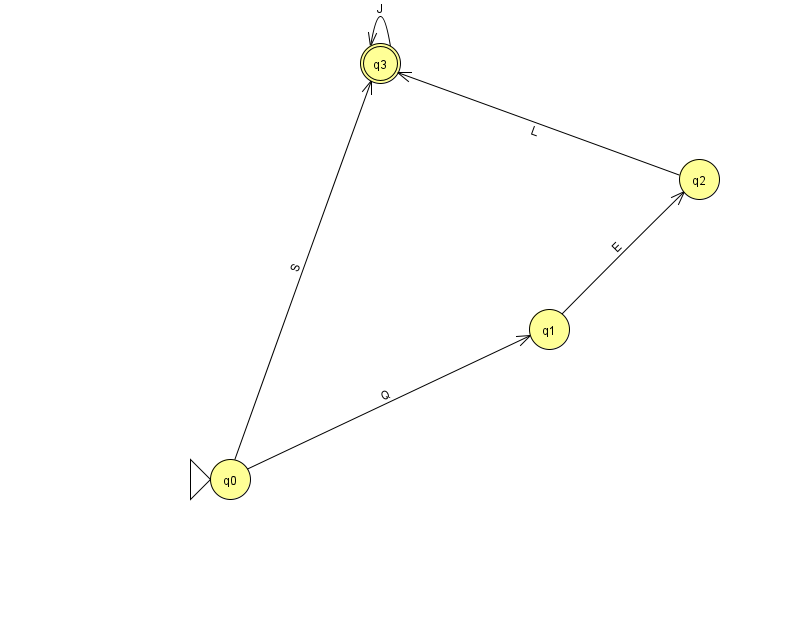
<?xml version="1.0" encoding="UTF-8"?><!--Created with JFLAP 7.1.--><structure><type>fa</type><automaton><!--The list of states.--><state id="0" name="q0"><x>230.0</x><y>466.0</y><initial/></state><state id="1" name="q1"><x>549.0</x><y>316.0</y></state><state id="2" name="q2"><x>699.0</x><y>166.0</y></state><state id="3" name="q3"><x>380.0</x><y>50.0</y><final/></state><!--The list of transitions.--><transition><from>0</from><to>1</to><read>Q</read></transition><transition><from>2</from><to>3</to><read>L</read></transition><transition><from>0</from><to>3</to><read>S</read></transition><transition><from>1</from><to>2</to><read>E</read></transition><transition><from>3</from><to>3</to><read>J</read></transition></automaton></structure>